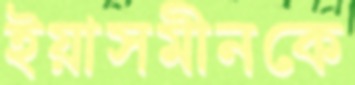
ইয়াসমীনকে